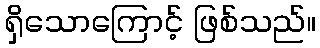
ရှိသောကြောင့် ဖြစ်သည်။